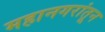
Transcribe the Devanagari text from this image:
महानगरांतून